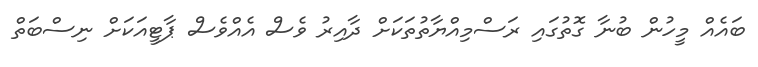
ބައެއް މީހުން ބުނާ ގޮތުގައި ރަސްމިއްޔާތުތަކަށް ދާއިރު ވެސް އެއްވެސް ޕާޓީއަކަށް ނިސްބަތް